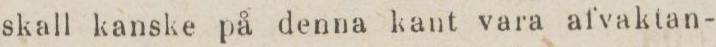
skall kanske på denna kant vara afvaktan-